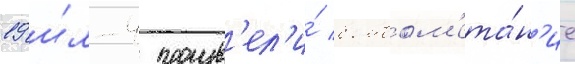
19 и́л-4 произв'ел'и́ бомбом'ета́н'ие